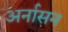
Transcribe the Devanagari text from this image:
अर्नासन